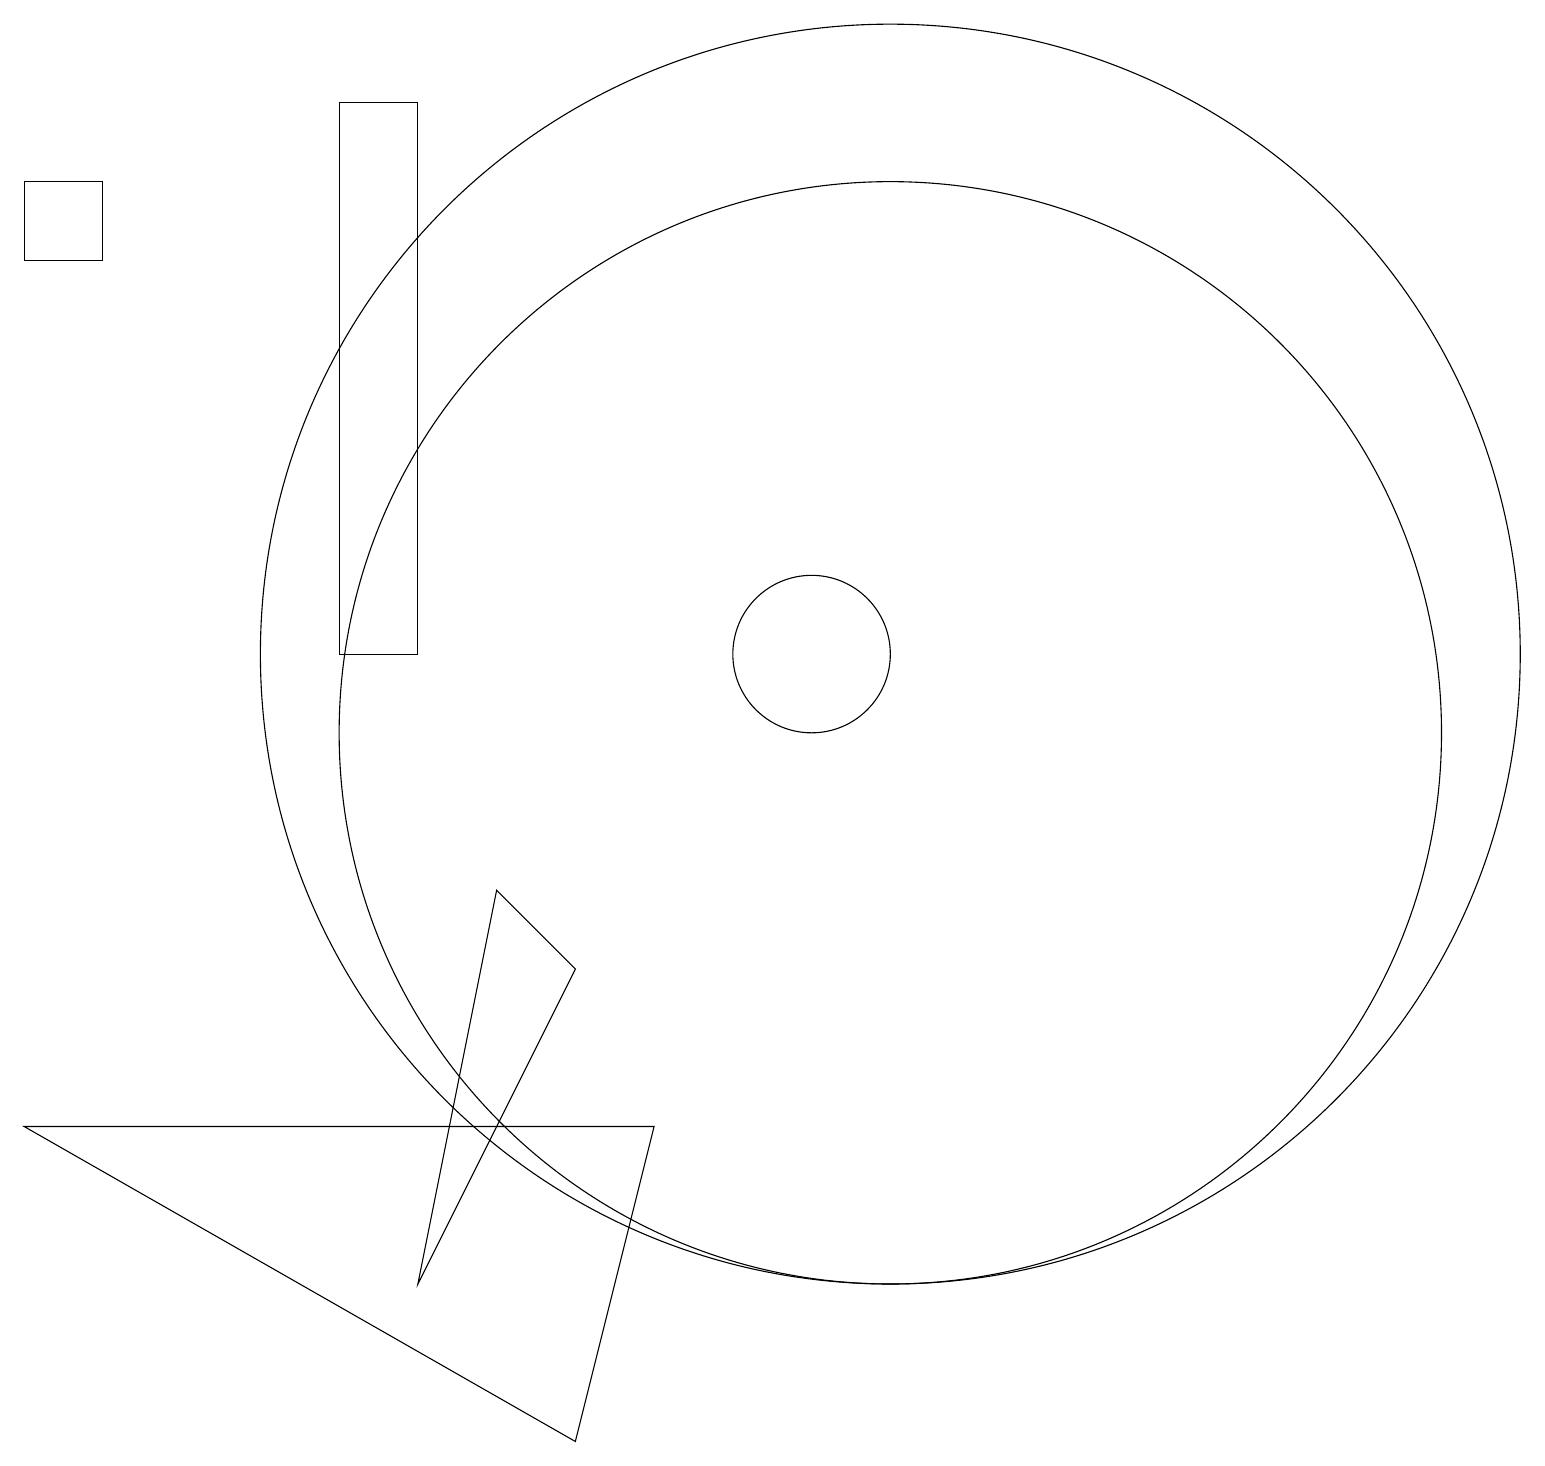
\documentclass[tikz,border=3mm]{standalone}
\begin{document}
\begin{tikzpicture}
\draw (8,5) -- (7,1) -- (0,5) -- cycle;
\draw (10,11) circle (1);
\draw (11,11) circle (8);
\draw (1,17) rectangle (0,16);
\draw (5,3) -- (6,8) -- (7,7) -- cycle;
\draw (5,11) rectangle (4,18);
\draw (11,10) circle (7);
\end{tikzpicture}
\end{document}